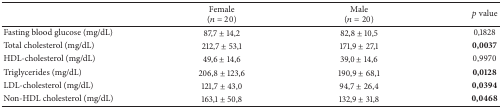
<table><thead><tr><td><b> </b></td><td><b>Female(<i>n</i> = 20)</b></td><td><b>Male (<i>n</i> = 20)</b></td><td><b><i>p</i> value</b></td></tr></thead><tbody><tr><td>Fasting blood glucose (mg/dL)</td><td>87,7 ± 14,2</td><td>82,8 ± 10,5</td><td>0,1828</td></tr><tr><td>Total cholesterol (mg/dL)</td><td>212,7 ± 53,1</td><td>171,9 ± 27,1</td><td><b>0,0037</b></td></tr><tr><td>HDL-cholesterol (mg/dL)</td><td>49,6 ± 14,6</td><td>39,0 ± 14,6</td><td>0,9970</td></tr><tr><td>Triglycerides (mg/dL)</td><td>206,8 ± 123,6</td><td>190,9 ± 68,1</td><td><b>0,0128</b></td></tr><tr><td>LDL-cholesterol (mg/dL)</td><td>121,7 ± 43,0</td><td>94,7 ± 26,4</td><td><b>0,0394</b></td></tr><tr><td>Non-HDL cholesterol (mg/dL)</td><td>163,1 ± 50,8</td><td>132,9 ± 31,8</td><td><b>0,0468</b></td></tr></tbody></table>